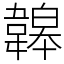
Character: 韟